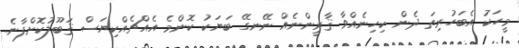
މީހަކު އެބަހުރިތަ ދެން ކިހިނެއްވާ ޤާރީންނެއް ނޭނގޭ ބަޔަކު ކޮންމެ އެއްޗެއްކިޔަސް ޤަބޫލުކޮށްފާނެ.